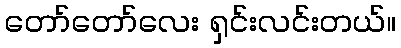
တော်တော်လေး ရှင်းလင်းတယ်။